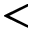
<